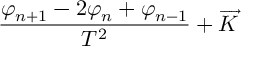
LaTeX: \frac { \varphi _ { n + 1 } - 2 \varphi _ { n } + \varphi _ { n - 1 } } { T ^ { 2 } } + \overrightarrow { K }